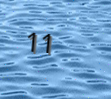
11